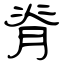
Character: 脊